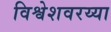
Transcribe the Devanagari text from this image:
विश्वेशवरय्या